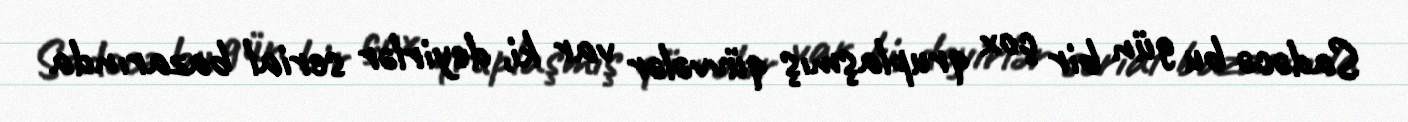
Sadəcə bu gün bir çox qruplaşmış qüvvələr var ki, deyirlər serial bazarında